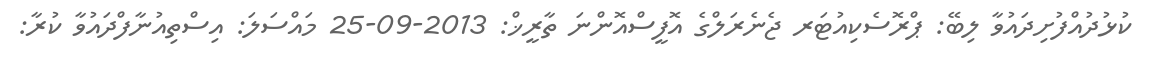
ކުޅުދުއްފުށިދައުވާ ލިބޭ: ޕްރޮސެކިއުޓަރ ޖެނެރަލްގެ އޮފީސްއޮންނަ ތާރީޚް: 2013-09-25 މައްސަލަ: އިސްތިއުނާފްދައުވާ ކުރާ: